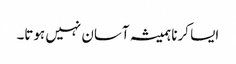
‏ ایسا کرنا ہمیشہ آسان نہیں ہوتا۔